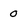
Character: 0